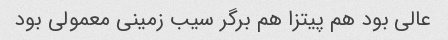
عالی بود هم پیتزا هم برگر سیب زمینی معمولی بود